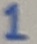
Text: 1